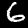
Label: 6